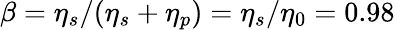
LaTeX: \beta=\eta_{s}/(\eta_{s}+\eta_{p})=\eta_{s}/\eta_{0}=0.98